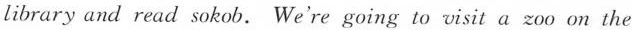
library and read sokob. We're going to visit a zoo on the